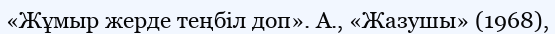
«Жұмыр жерде теңбіл доп». А., «Жазушы» (1968),